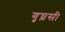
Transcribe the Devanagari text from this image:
गृघ्रसी